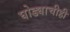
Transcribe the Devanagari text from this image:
घोड्याचीही